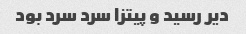
دیر رسید و پیتزا سرد سرد بود